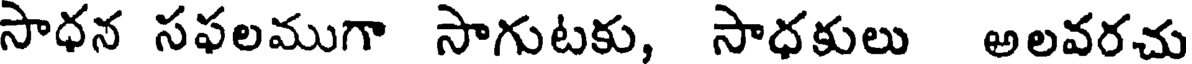
సాధన సఫలముగా సాగుటకు, సాధకులు అలవరచు